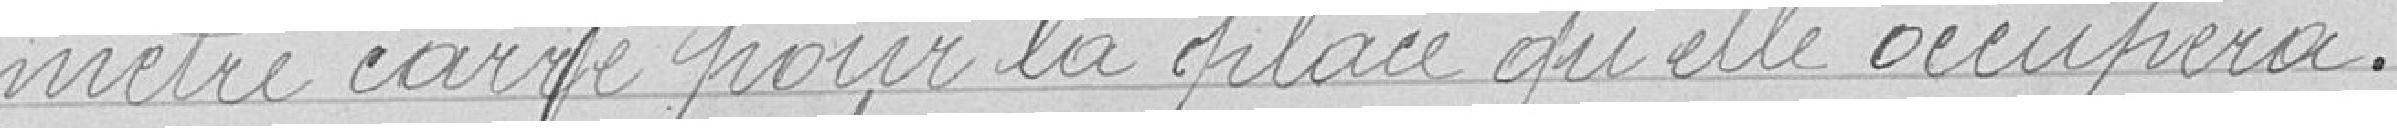
mètre carré pour la place qu'il occupera.